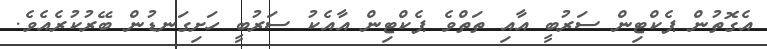
އެގޮތުން ޕެކްޓިން ސަރުބީ އާއި ތަތްވެ ޕެކްޓިން އާއެކު ސަރުބީ ހަށިގަނޑުން ބޭރުކުރެއެވެ.